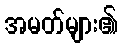
အမတ်များ၏